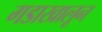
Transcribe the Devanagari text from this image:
गडाखालून